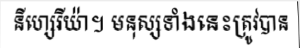
នីហ្សេរីយ៉ា។ មនុស្សទាំងនេះត្រូវបាន